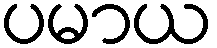
ပမာယ